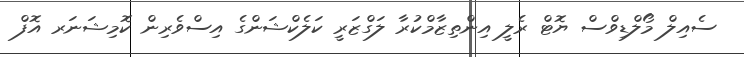
ސެއިލް މޯލްޑިވްސް ޔޮޓް ރެލީ އިންތިޒާމްކުރާ ލަގްޒަރީ ކަލެކްޝަންގެ އިސްވެރިން ކޮމިޝަނަރ އޮފް